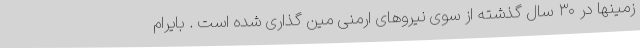
زمینها در ۳۰ سال گذشته از سوی نیروهای ارمنی مین گذاری شده است . بایرام